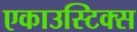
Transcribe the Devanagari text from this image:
एकाउस्टिक्स